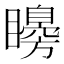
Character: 矏